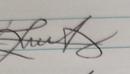
Signature authenticity: genuine